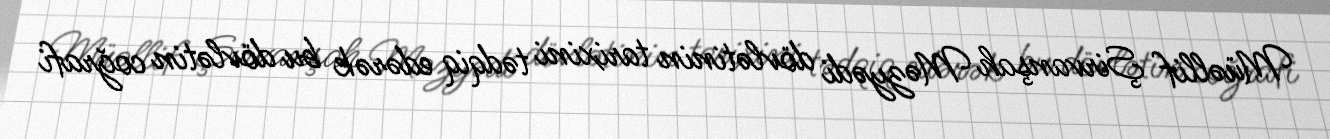
Müəllif Şirvanşah Məzyədi dövlətinin tarixini tədqiq edərək bu dövlətin coğrafi